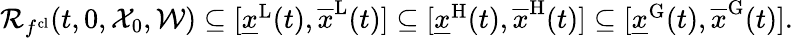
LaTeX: \begin{array}{r}{\mathcal{R}_{f^{\mathrm{cl}}}(t,0,\mathcal{X}_{0},\mathcal{W})\subseteq[\underline{{x}}^{\mathrm{L}}(t),\overline{{x}}^{\mathrm{L}}(t)]\subseteq[\underline{{x}}^{\mathrm{H}}(t),\overline{{x}}^{\mathrm{H}}(t)]\subseteq[\underline{{x}}^{\mathrm{G}}(t),\overline{{x}}^{\mathrm{G}}(t)].}\end{array}